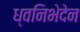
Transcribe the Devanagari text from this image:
ध्वनिभेदेन